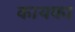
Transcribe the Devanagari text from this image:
कायका